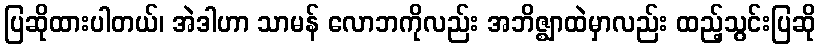
ပြဆိုထားပါတယ်၊ အဲဒါဟာ သာမန် လောဘကိုလည်း အဘိဇ္ဈာထဲမှာလည်း ထည့်သွင်းပြဆို